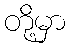
တို့မှာ